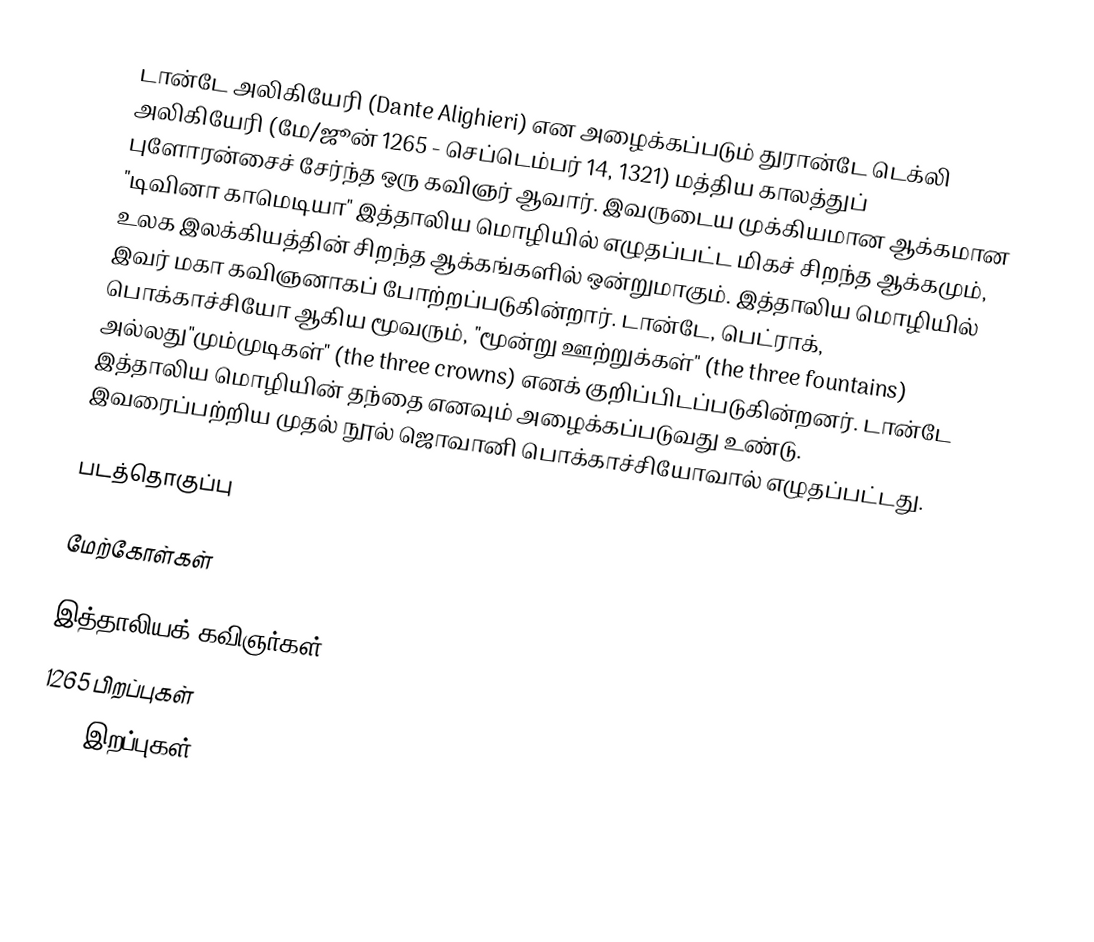
டான்டே அலிகியேரி (Dante Alighieri) என அழைக்கப்படும் துரான்டே டெக்லி அலிகியேரி (மே/ஜூன் 1265 - செப்டெம்பர் 14, 1321) மத்திய காலத்துப் புளோரன்சைச் சேர்ந்த ஒரு கவிஞர் ஆவார். இவருடைய முக்கியமான ஆக்கமான "டிவினா காமெடியா" இத்தாலிய மொழியில் எழுதப்பட்ட மிகச் சிறந்த ஆக்கமும், உலக இலக்கியத்தின் சிறந்த ஆக்கங்களில் ஒன்றுமாகும். இத்தாலிய மொழியில் இவர் மகா கவிஞனாகப் போற்றப்படுகின்றார். டான்டே, பெட்ராக், பொக்காச்சியோ ஆகிய மூவரும், "மூன்று ஊற்றுக்கள்" (the three fountains) அல்லது"மும்முடிகள்" (the three crowns) எனக் குறிப்பிடப்படுகின்றனர். டான்டே இத்தாலிய மொழியின் தந்தை எனவும் அழைக்கப்படுவது உண்டு. இவரைப்பற்றிய முதல் நூல் ஜொவானி பொக்காச்சியோவால் எழுதப்பட்டது.

படத்தொகுப்பு

மேற்கோள்கள்

இத்தாலியக் கவிஞர்கள்
1265 பிறப்புகள்
1321 இறப்புகள்